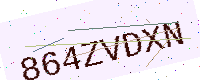
Text: 864ZVDXN